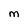
Character: M